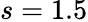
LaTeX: s=1.5